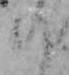
の